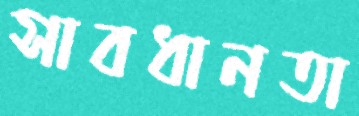
সাবধানতা